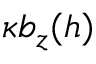
\kappa b _ { z } ( h )